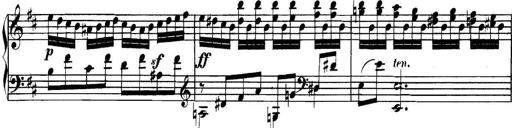
Title: Collected Piano Sonatas
Composer: Muzio Clementi